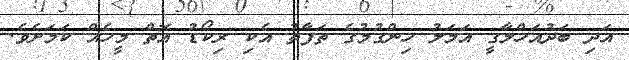
އަދި ބަދުއަހްލާގީ އަމަލު ހިންގުމުގެ ތަފާތު އެކި ރިކޯޑު އޮތް މީހެއް ކަމަށެވެ.